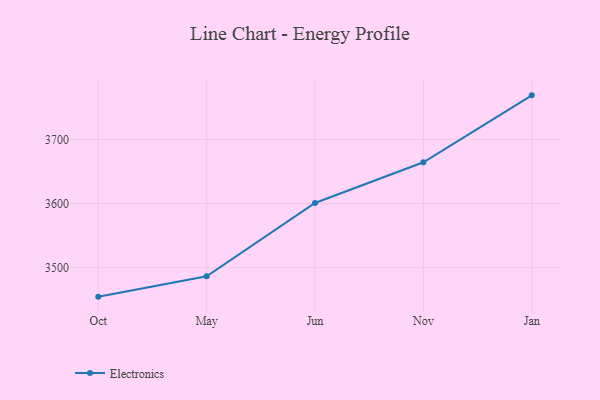
{"axis": {"x": "Month", "y": "Satisfaction Score"}, "legend": ["Electronics"], "data": [{"x": "Oct", "y": 3454.7, "type": "Electronics"}, {"x": "May", "y": 3486.6, "type": "Electronics"}, {"x": "Jun", "y": 3601.0, "type": "Electronics"}, {"x": "Nov", "y": 3664.6, "type": "Electronics"}, {"x": "Jan", "y": 3769.2, "type": "Electronics"}]}